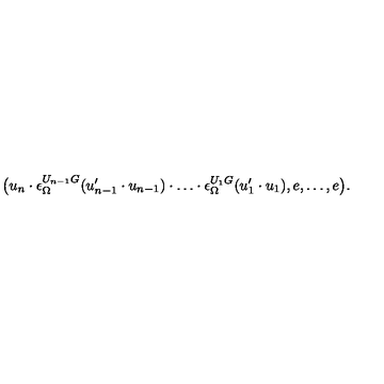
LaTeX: \bigl ( u _ { n } \cdot \epsilon _ { \Omega } ^ { U _ { n - 1 } G } ( u _ { n - 1 } ^ { \prime } \cdot u _ { n - 1 } ) \cdot \ldots \cdot \epsilon _ { \Omega } ^ { U _ { 1 } G } ( u _ { 1 } ^ { \prime } \cdot u _ { 1 } ) , e , \ldots , e \bigr ) .